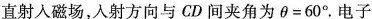
直射入磁场，入射方向与CD间夹角为$$θ = 6 0 °$$。电子